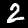
Digit: 2